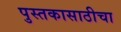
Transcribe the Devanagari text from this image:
पुस्तकासाठीचा